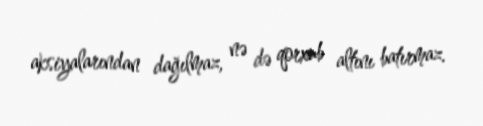
aksiyalarından dağılmaz, nə də qorxub altını batırmaz.